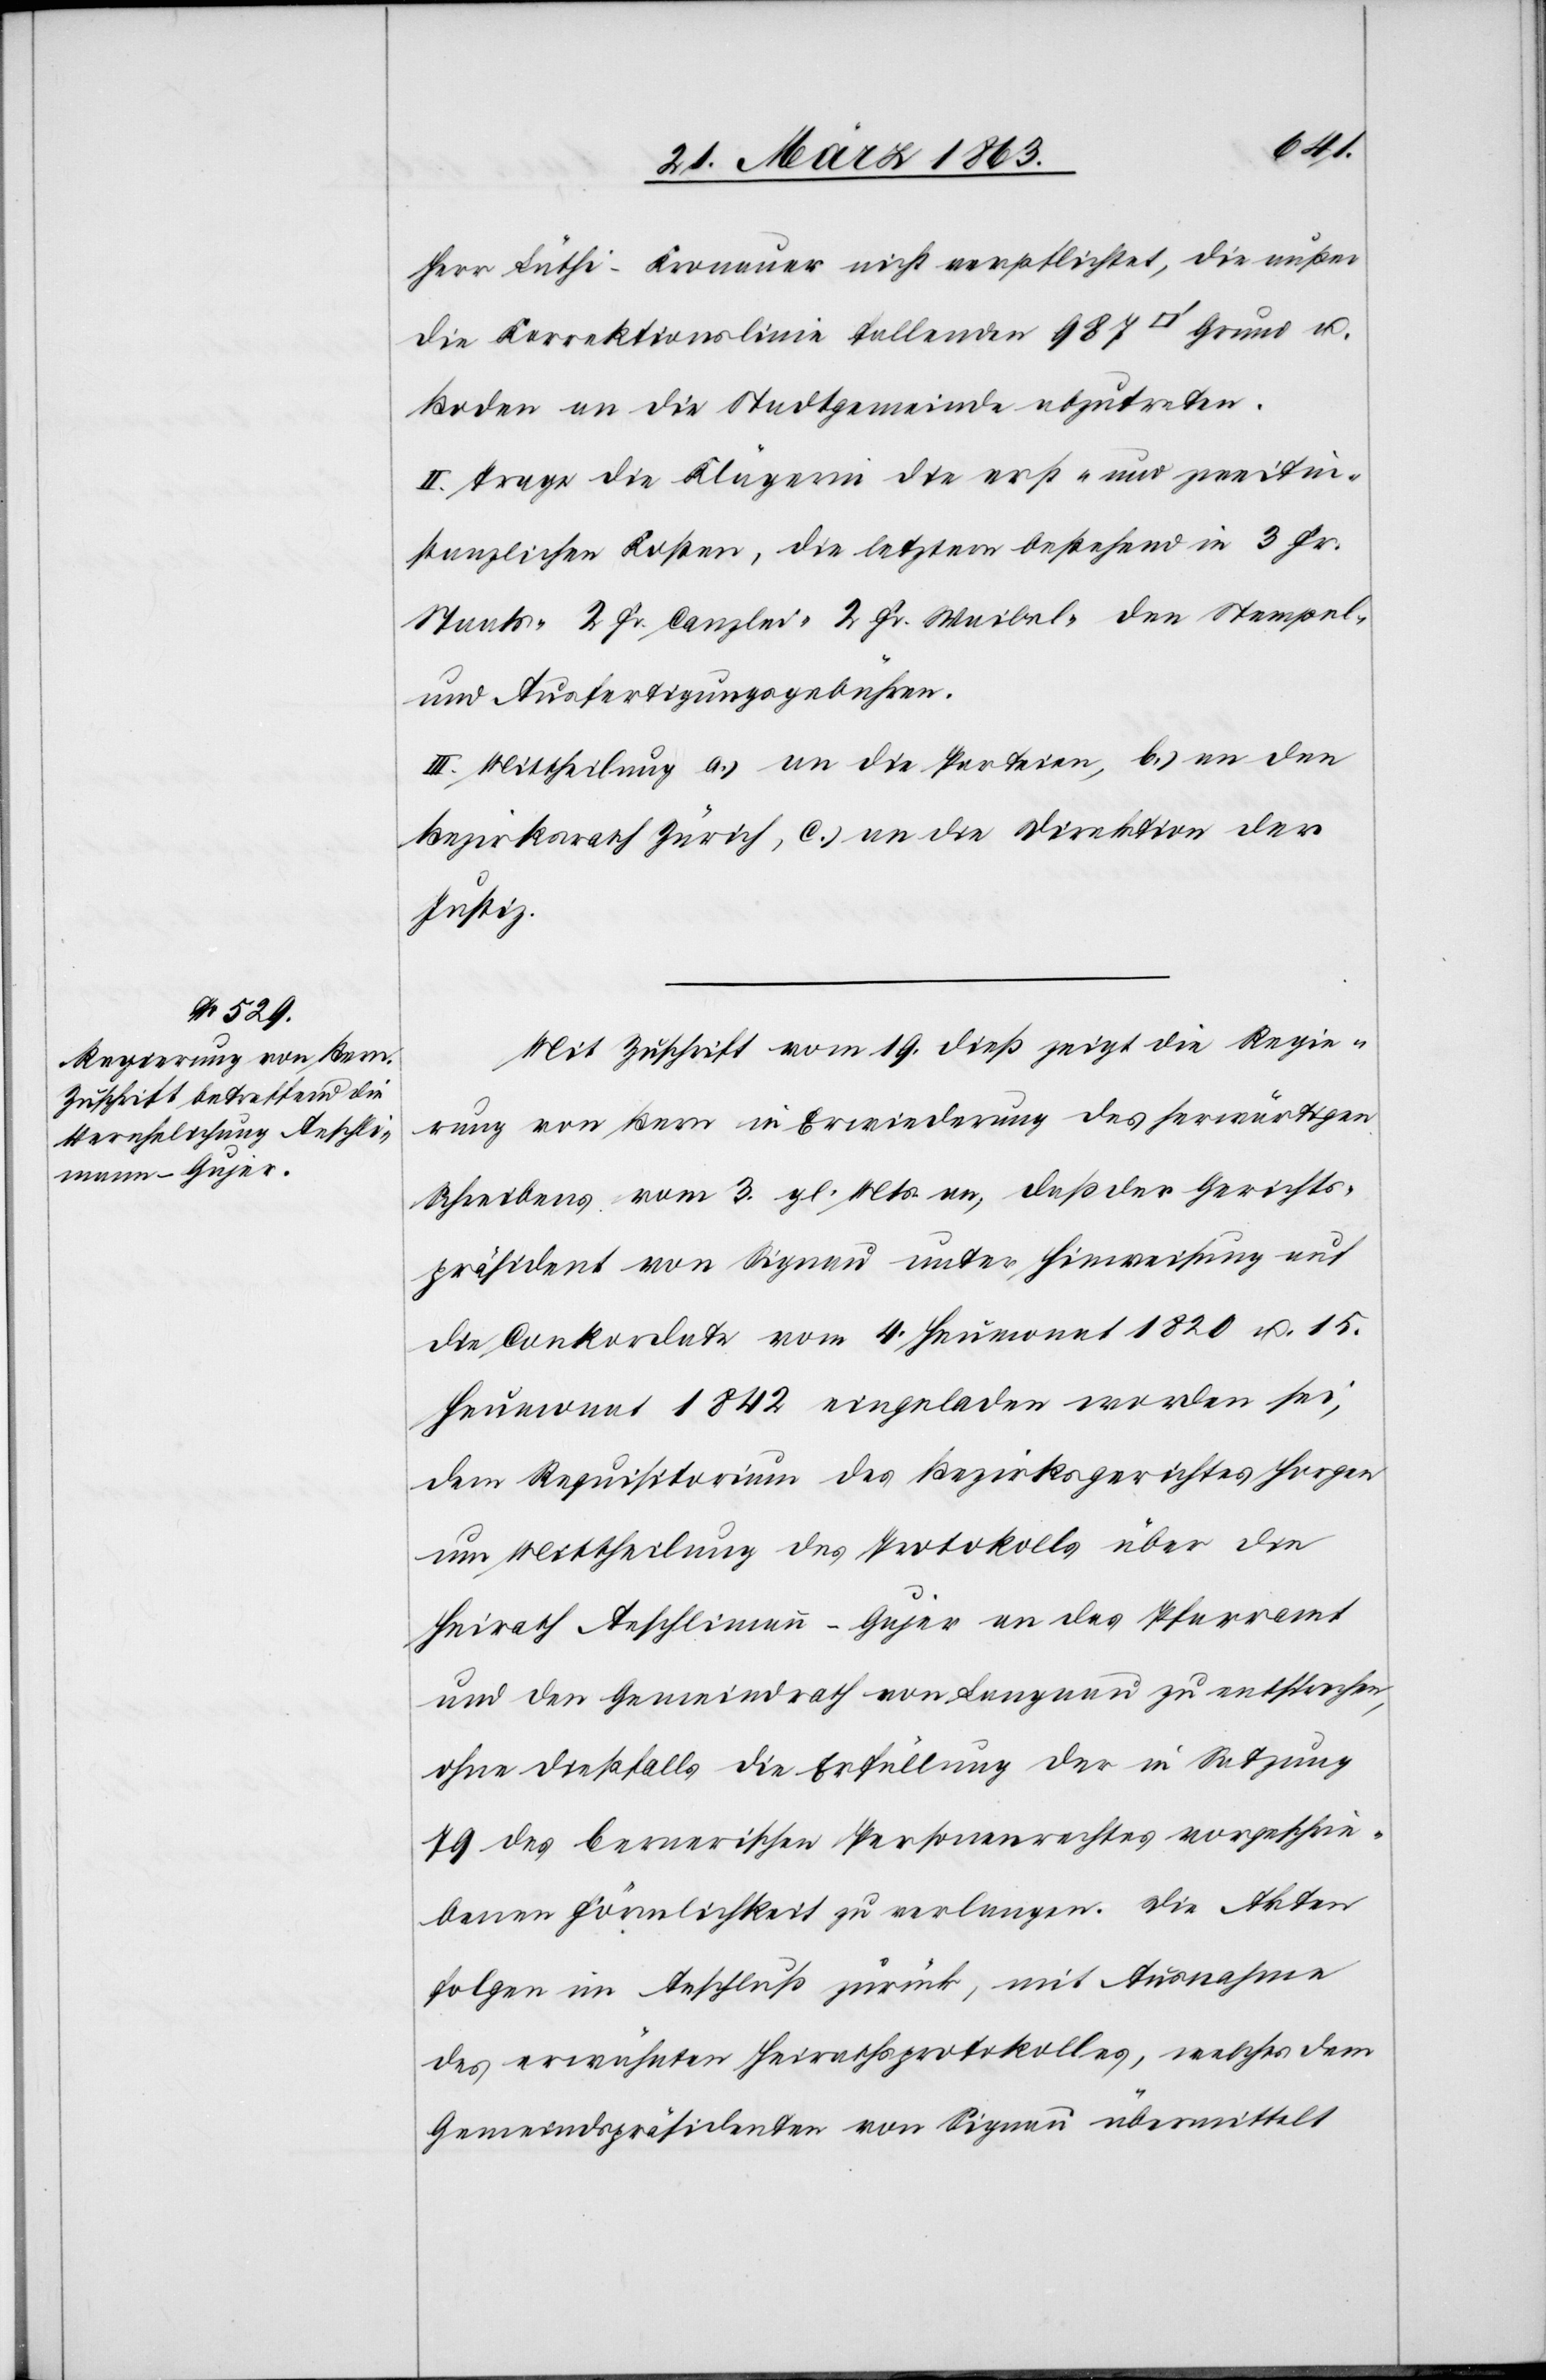
tfuss]
Herr Lüthi-Kronauer nicht verpflichtet, die außer
die Korrektionslinie fallenden 987 [Quadra¬
Boden an die Stadtgemeinde abzutreten.
II. Trage die Klägerin die erst- und zweitin¬
stanzlichen Kosten, die letztern bestehend in 3 Fr.
Staats-[,] 2 Fr. Canzlei-[,] 2 Fr. Waibel-[,] den Stempel-
und Ausfertigungsgebühren.
III. Mittheilung a.) an die Parteien, b.) an den
Bezirksrath Zürich, c.) an die Direktion der
Justiz.
Mit Zuschrift vom 19. dieß zeigt die Regie¬
rung von Bern in Erwiederung des herwärtigen
Schreibens vom 3. gl. Mts. an, daß der Gerichts¬
präsident von Signau unter Hinweisung auf
die Conkordate vom 4. Heumonat 1820 u. 15.
Heumonat 1842 eingeladen worden sei,
dem Requisitorium des Bezirksgerichtes Horgen
um Mittheilung des Protokolls über die
Heirath Aeschlimann-Gujer an das Pfarramt
und den Gemeindrath von Langnau zu entsprechen,
ohne dießfalls die Erfüllung der in Satzung
79 des bernerischen Personenrechtes vorgeschrie¬
benen Förmlichkeit zu verlangen. Die Akten
folgen im Anschluß zurück, mit Ausnahme
des erwähnten Heirathsprotokolles, welches dem
Gemeindspräsidenten von Signau übermittelt